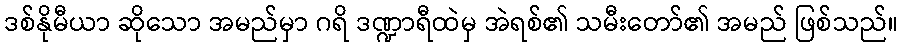
ဒစ်နိုမီယာ ဆိုသော အမည်မှာ ဂရိ ဒဏ္ဍာရီထဲမှ အဲရစ်၏ သမီးတော်၏ အမည် ဖြစ်သည်။